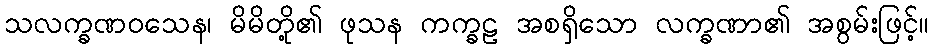
သလက္ခဏဝသေန၊ မိမိတို့၏ ဖုသန ကက္ခဠ အစရှိသော လက္ခဏာ၏ အစွမ်းဖြင့်။